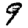
Digit: 9